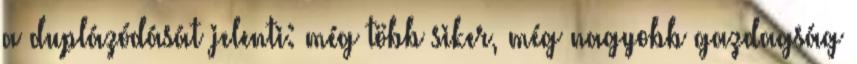
a duplázódását jelenti: még több siker, még nagyobb gazdagság